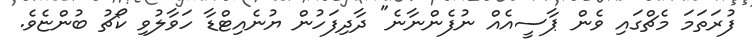
ފުރަތަމަ މެޗްގައި ވެން ޕާސީއެއް ނުފެންނާނެ" ދާދިފަހުން ޔުނެއިޓްޑާ ހަވާލުވި ކޯޗު ބުންޏެވެ.